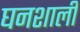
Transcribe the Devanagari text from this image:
घनशाली